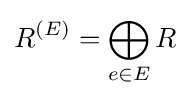
R^{(E)}=\bigoplus _{e\in E}R